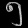
Digit: ၅